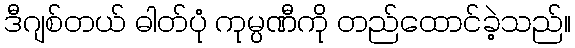
ဒီဂျစ်တယ် ဓါတ်ပုံ ကုမ္ပဏီကို တည်ထောင်ခဲ့သည်။